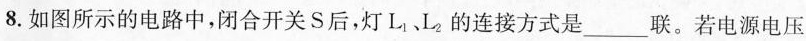
8.如图所示的电路中，闭合开关S后，灯L_{1}L_{2}的连接方式是___联。若电源电压